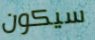
سيكون